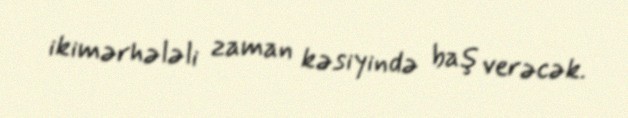
ikimərhələli zaman kəsiyində baş verəcək.